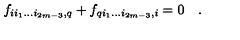
f _ { i i _ { 1 } \dots i _ { 2 m - 3 } , q } + f _ { q i _ { 1 } \dots i _ { 2 m - 3 } , i } = 0 \quad .